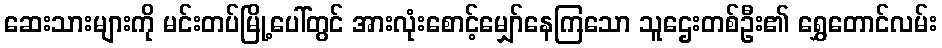
ဆေးသားများကို မင်းတပ်မြို့ပေါ်တွင် အားလုံးစောင့်မျှော်နေကြသော သူဌေးတစ်ဦး၏ ရွှေတောင်လမ်း